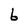
Character: 6